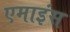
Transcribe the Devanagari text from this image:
एमाइंस